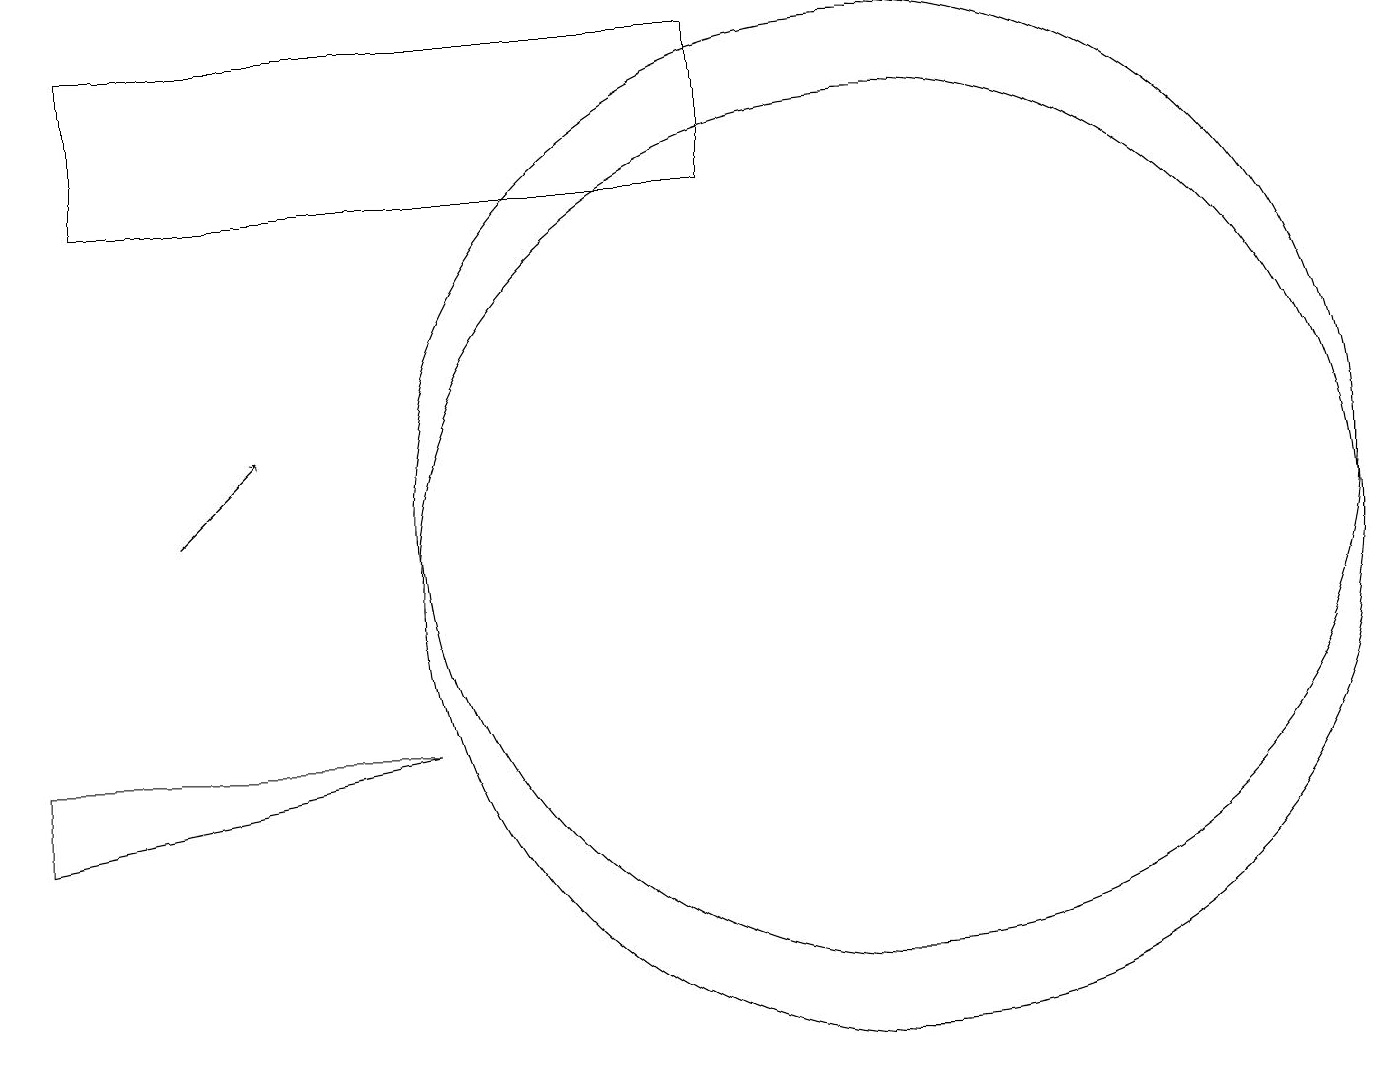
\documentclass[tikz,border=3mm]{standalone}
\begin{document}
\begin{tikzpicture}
\draw (11,11) circle (6);
\draw[->] (2,11) -- (3,12);
\draw (0,7) -- (5,8) -- (0,8) -- cycle;
\draw (11,10) circle (6);
\draw (1,15) rectangle (9,17);
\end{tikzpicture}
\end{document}